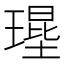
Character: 𤨱